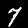
Label: 7